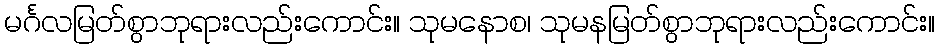
မင်္ဂလမြတ်စွာဘုရားလည်းကောင်း။ သုမနောစ၊ သုမနမြတ်စွာဘုရားလည်းကောင်း။